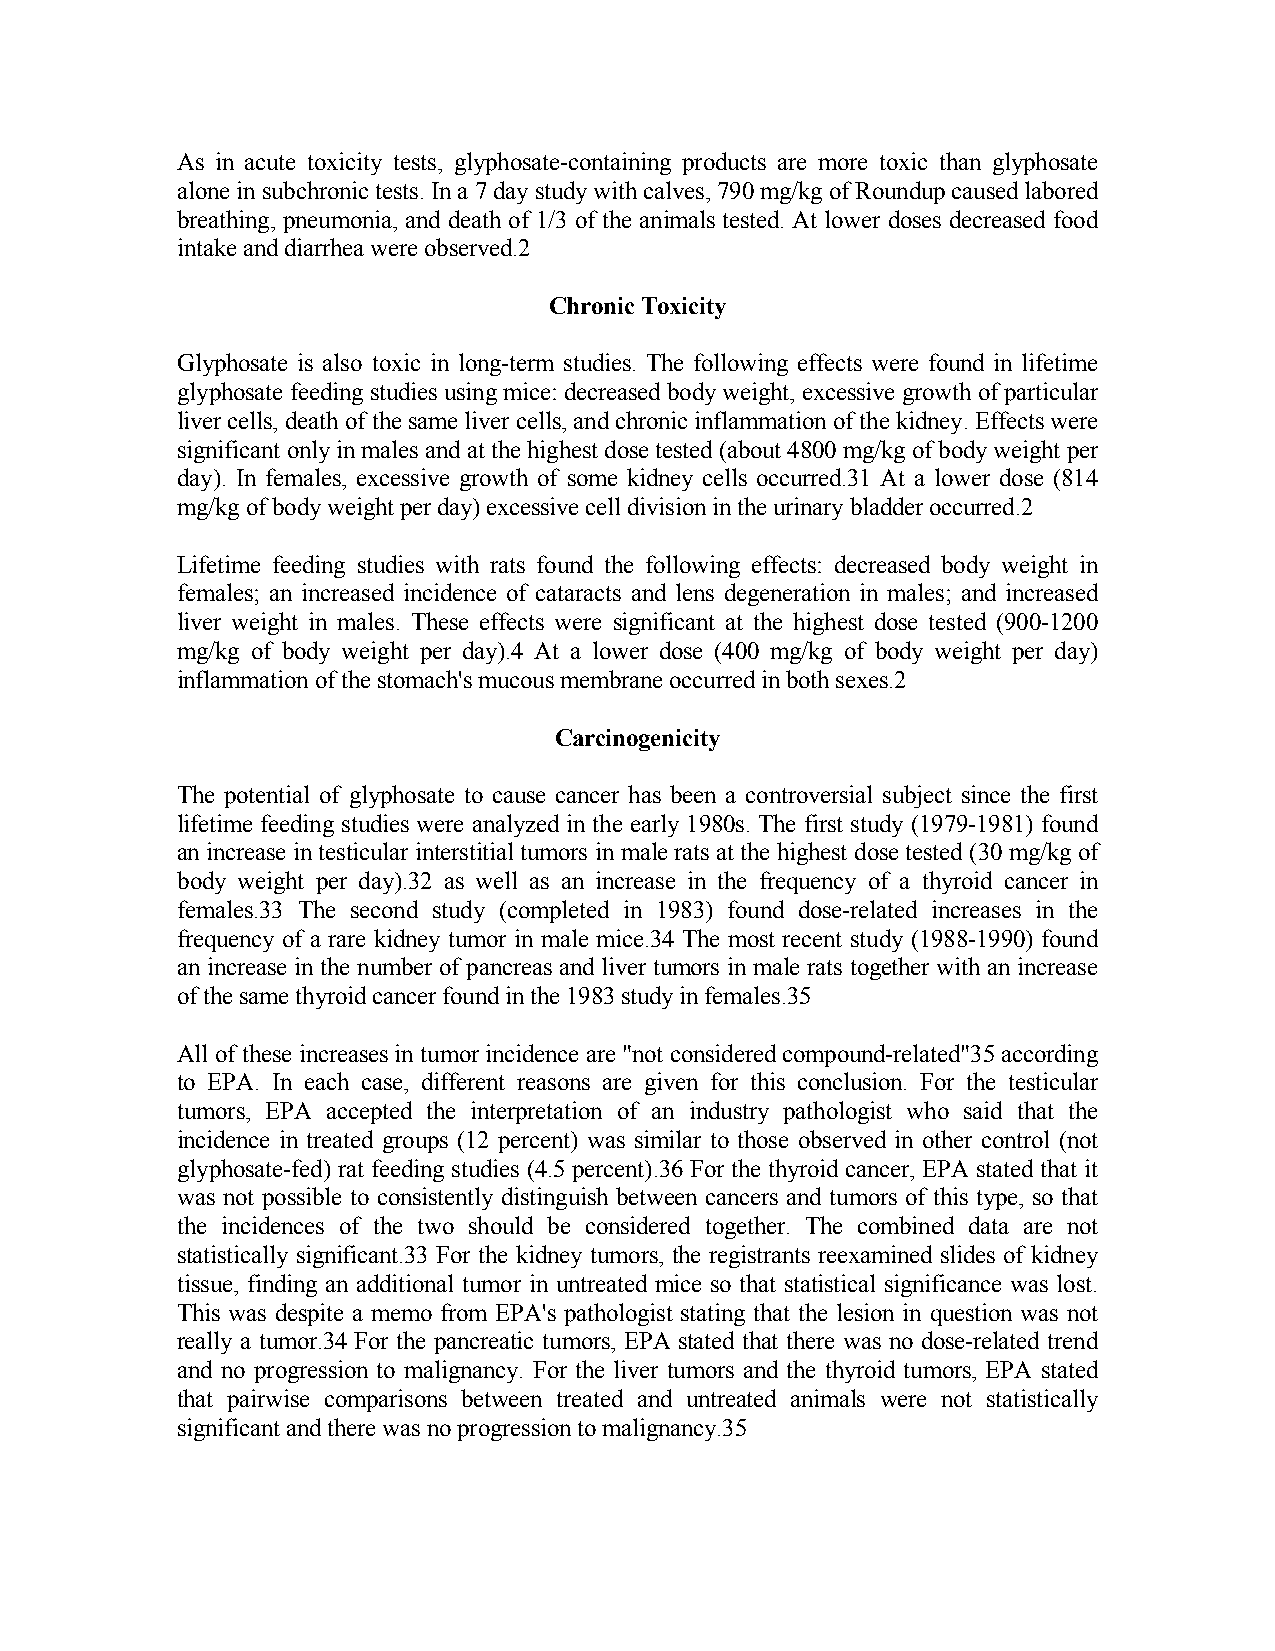
As in acute toxicity tests, glyphosate-containing products are more toxic than glyphosate
 alone in subchronic tests. In a 7 day study with calves, 790 mg/kg of Roundup caused labored
 breathing, pneumonia, and death of 1/3 of the animals tested. At lower doses decreased food
 intake and diarrhea were observed.2
 Chronic Toxicity
 Glyphosate is also toxic in long-term studies. The following effects were found in lifetime
 glyphosate feeding studies using mice: decreased body weight, excessive growth of particular
 liver cells, death of the same liver cells, and chronic inflammation of the kidney. Effects were
 significant only in males and at the highest dose tested (about 4800 mg/kg of body weight per
 day). In females, excessive growth of some kidney cells occurred.31 At a lower dose (814
 mg/kg of body weight per day) excessive cell division in the urinary bladder occurred.2
 Lifetime feeding studies with rats found the following effects: decreased body weight in
 females; an increased incidence of cataracts and lens degeneration in males; and increased
 liver weight in males. These effects were significant at the highest dose tested (900-1200
 mg/kg of body weight per day).4 At a lower dose (400 mg/kg of body weight per day)
 inflammation of the stomach's mucous membrane occurred in both sexes.2
 Carcinogenicity
 The potential of glyphosate to cause cancer has been a controversial subject since the first
 lifetime feeding studies were analyzed in the early 1980s. The first study (1979-1981) found
 an increase in testicular interstitial tumors in male rats at the highest dose tested (30 mg/kg of
 body weight per day).32 as well as an increase in the frequency of a thyroid cancer in
 females.33 The second study (completed in 1983) found dose-related increases in the
 frequency of a rare kidney tumor in male mice.34 The most recent study (1988-1990) found
 an increase in the number of pancreas and liver tumors in male rats together with an increase
 of the same thyroid cancer found in the 1983 study in females.35
 All of these increases in tumor incidence are "not considered compound-related"35 according
 to EPA. In each case, different reasons are given for this conclusion. For the testicular
 tumors, EPA accepted the interpretation of an industry pathologist who said that the
 incidence in treated groups (12 percent) was similar to those observed in other control (not
 glyphosate-fed) rat feeding studies (4.5 percent).36 For the thyroid cancer, EPA stated that it
 was not possible to consistently distinguish between cancers and tumors of this type, so that
 the incidences of the two should be considered together. The combined data are not
 statistically significant.33 For the kidney tumors, the registrants reexamined slides of kidney
 tissue, finding an additional tumor in untreated mice so that statistical significance was lost.
 This was despite a memo from EPA's pathologist stating that the lesion in question was not
 really a tumor.34 For the pancreatic tumors, EPA stated that there was no dose-related trend
 and no progression to malignancy. For the liver tumors and the thyroid tumors, EPA stated
 that pairwise comparisons between treated and untreated animals were not statistically
 significant and there was no progression to malignancy.35